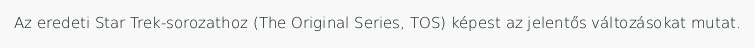
Az eredeti Star Trek-sorozathoz (The Original Series, TOS) képest az jelentős változásokat mutat.